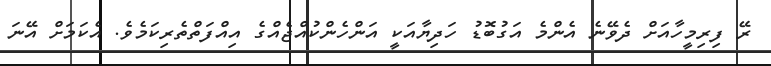
ރޭ ފިރިމީހާއަށް ދެވޭނެ އެންމެ އަގުބޮޑު ހަދިޔާއަކީ އަންހެންކުއްޖެއްގެ އިއްފަތްތެރިކަމެވެ. އެކަމަށް އޭނަ